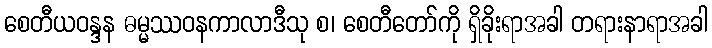
စေတီယဝန္ဒန ဓမ္မဿဝနကာလာဒီသု စ၊ စေတီတော်ကို ရှိခိုးရာအခါ တရားနာရာအခါ